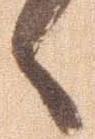
候